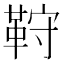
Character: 𩊦